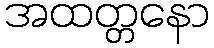
အထတ္တနော